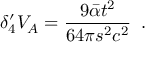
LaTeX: \delta _ { 4 } ^ { \prime } V _ { A } = \frac { 9 \bar { \alpha } t ^ { 2 } } { 6 4 \pi s ^ { 2 } c ^ { 2 } } \; \; .